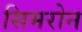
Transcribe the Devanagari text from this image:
सिमरोन